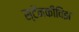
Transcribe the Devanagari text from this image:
स्टॅनकीविझ